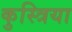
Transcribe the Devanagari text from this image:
कुस्त्रिया